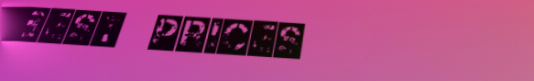
BEST PRICES